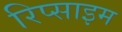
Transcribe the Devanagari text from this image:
रिप्साइम